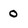
Character: 0